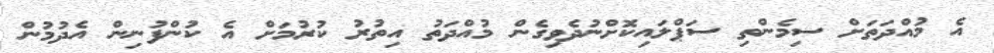
އެ މުއްދަތަށް ސިމެންތި ސަޕްލައިކޮށްނުދެވިގެން މުއްދަތު އިތުރު ކުރުމަށް އެ ކުންފުނިން އެދުމުން